Lunatic asylums Burma 1907-21 - 1907-1921
Year: 1907
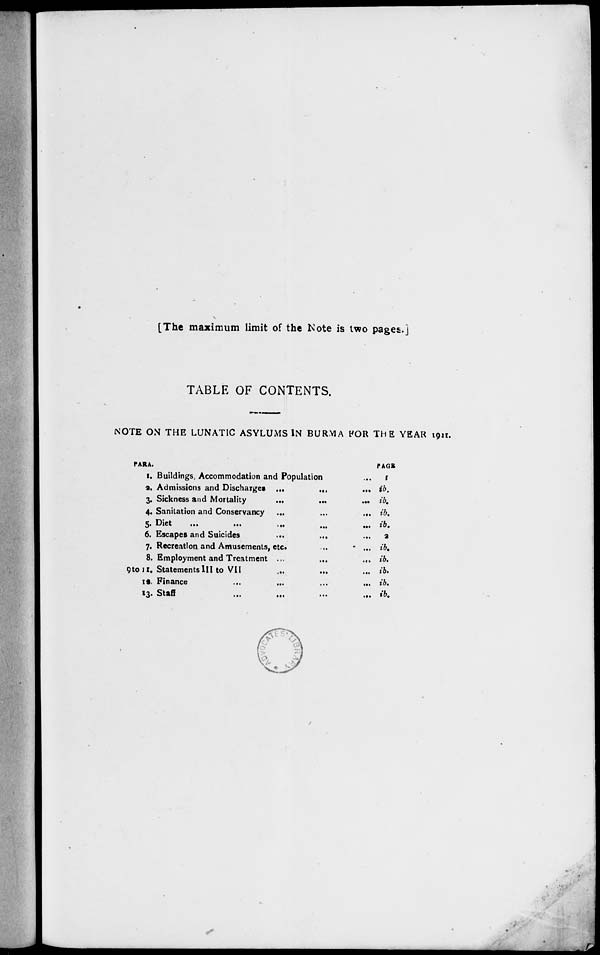
[The maximum limit of the Note is two pages.]
TABLE OF CONTENTS.
NOTE ON THE LUNATIC ASYLUMS IN BURMA FOR THE YEAR 1911.
PARA.
1.
2.
3.
4.
5.
6.
7.
8.
9 to 11.
12.
13.
Buildings, Accommodation and Population
Admissions and Discharges ...
...
...
Sickness and Mortality
...
...
...
Sanitation and Conservancy ...
...
...
Diet
...
...
...
...
...
Escapes and Suicides ... ... ...
Recreation and Amusements, etc. ... ...
Employment and Treatment ...
...
...
Statements III to VII ... ... ...
Finance ... ... ... ...
Staff
...
...
...
...
PAGE
1
ib.
ib.
ib.
ib.
2
ib.
ib.
ib.
ib.
ib.